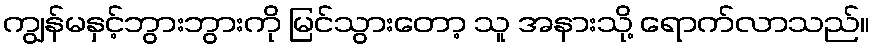
ကျွန်မနှင့်ဘွားဘွားကို မြင်သွားတော့ သူ အနားသို့ ရောက်လာသည်။